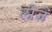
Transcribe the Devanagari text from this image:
लीजै